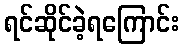
ရင်ဆိုင်ခဲ့ရကြောင်း